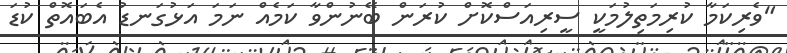
"ވެރިކަމާ ކުރިމަތިލުމަކީ ސީރިއަސްކޮށް ކުރަން ބޭނުންވާ ކަމެއް ނަމަ އަޅުގަނޑު އެބައޮތް ކުޑަ